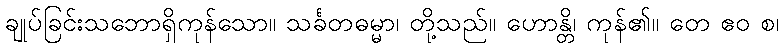
ချုပ်ခြင်းသဘောရှိကုန်သော။ သင်္ခတဓမ္မာ၊ တို့သည်။ ဟောန္တိ၊ ကုန်၏။ တေ ဧဝ စ၊